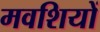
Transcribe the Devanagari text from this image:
मवशियों